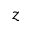
z